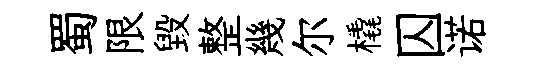
蜀限毁整幾尔橇囚诺